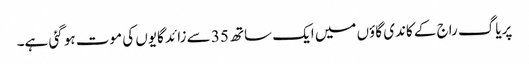
پریاگ راج کے کاندی گاؤں میں ایک ساتھ 35 سے زائد گایوں کی موت ہو گئی ہے۔